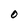
Character: 0